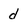
Character: d